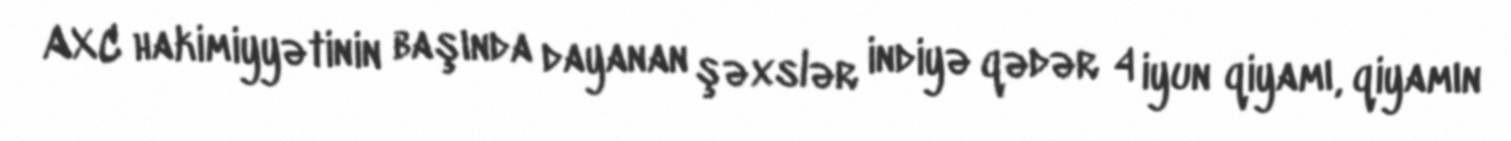
AXC hakimiyyətinin başında dayanan şəxslər indiyə qədər 4 iyun qiyamı, qiyamın